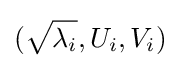
({\sqrt {\lambda _{i}}},U_{i},V_{i})